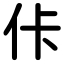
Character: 佧